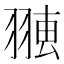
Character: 𦑐